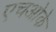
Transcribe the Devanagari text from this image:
एचओके